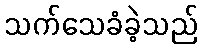
သက်သေခံခဲ့သည်